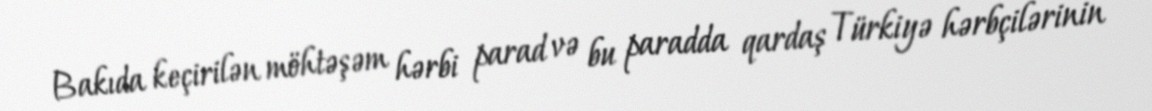
Bakıda keçirilən möhtəşəm hərbi parad və bu paradda qardaş Türkiyə hərbçilərinin